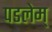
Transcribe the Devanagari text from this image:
पडलेम्